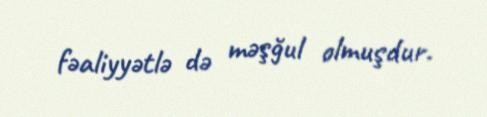
fəaliyyətlə də məşğul olmuşdur.